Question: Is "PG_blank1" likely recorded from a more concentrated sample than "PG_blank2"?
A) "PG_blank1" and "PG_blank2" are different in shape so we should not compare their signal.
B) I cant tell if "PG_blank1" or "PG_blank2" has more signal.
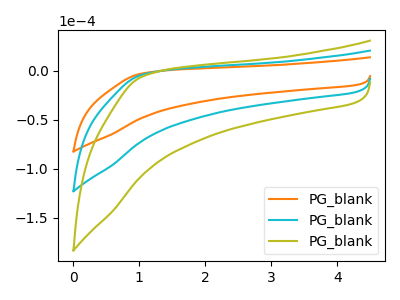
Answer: <think>The orange curve "PG_blank1" has no peaks. The cyan curve "PG_blank2" has no peaks. The olive curve "PG_blank3" has no peaks.
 Neither "PG_blank1" or "PG_blank2" have any peaks.</think>
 <answer>B) I cant tell if "PG_blank1" or "PG_blank2" has more signal.</answer>
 <eval>B</eval>